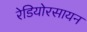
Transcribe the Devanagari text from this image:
रेडियोरसायन